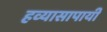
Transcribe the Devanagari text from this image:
हव्यासापायी